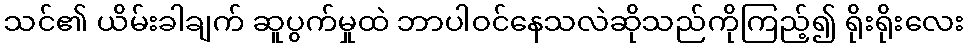
သင်၏ ယိမ်းခါချက် ဆူပွက်မှုထဲ ဘာပါဝင်နေသလဲဆိုသည်ကိုကြည့်၍ ရိုးရိုးလေး